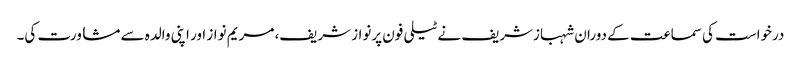
درخواست کی سماعت کے دوران شہبازشریف نے ٹیلی فون پرنواز شریف، مریم نواز اور اپنی والدہ سے مشاورت کی۔